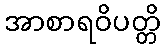
အာစာရဝိပတ္တိ